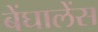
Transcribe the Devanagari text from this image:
बेंघालेंस